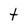
Character: t